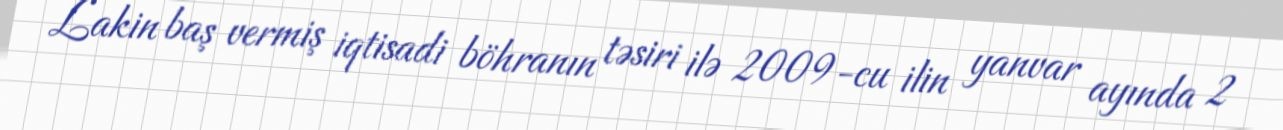
Lakin baş vermiş iqtisadi böhranın təsiri ilə 2009-cu ilin yanvar ayında 2